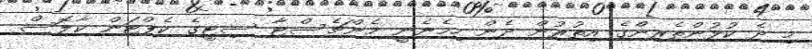
މި ދެ ކުޅުންތެރިންގެ އިތުރުން ދެން ހިމެނެނީ މެންޗެސްޓާ ސިޓީގެ ކެޕްޓަން ކާލޮސް